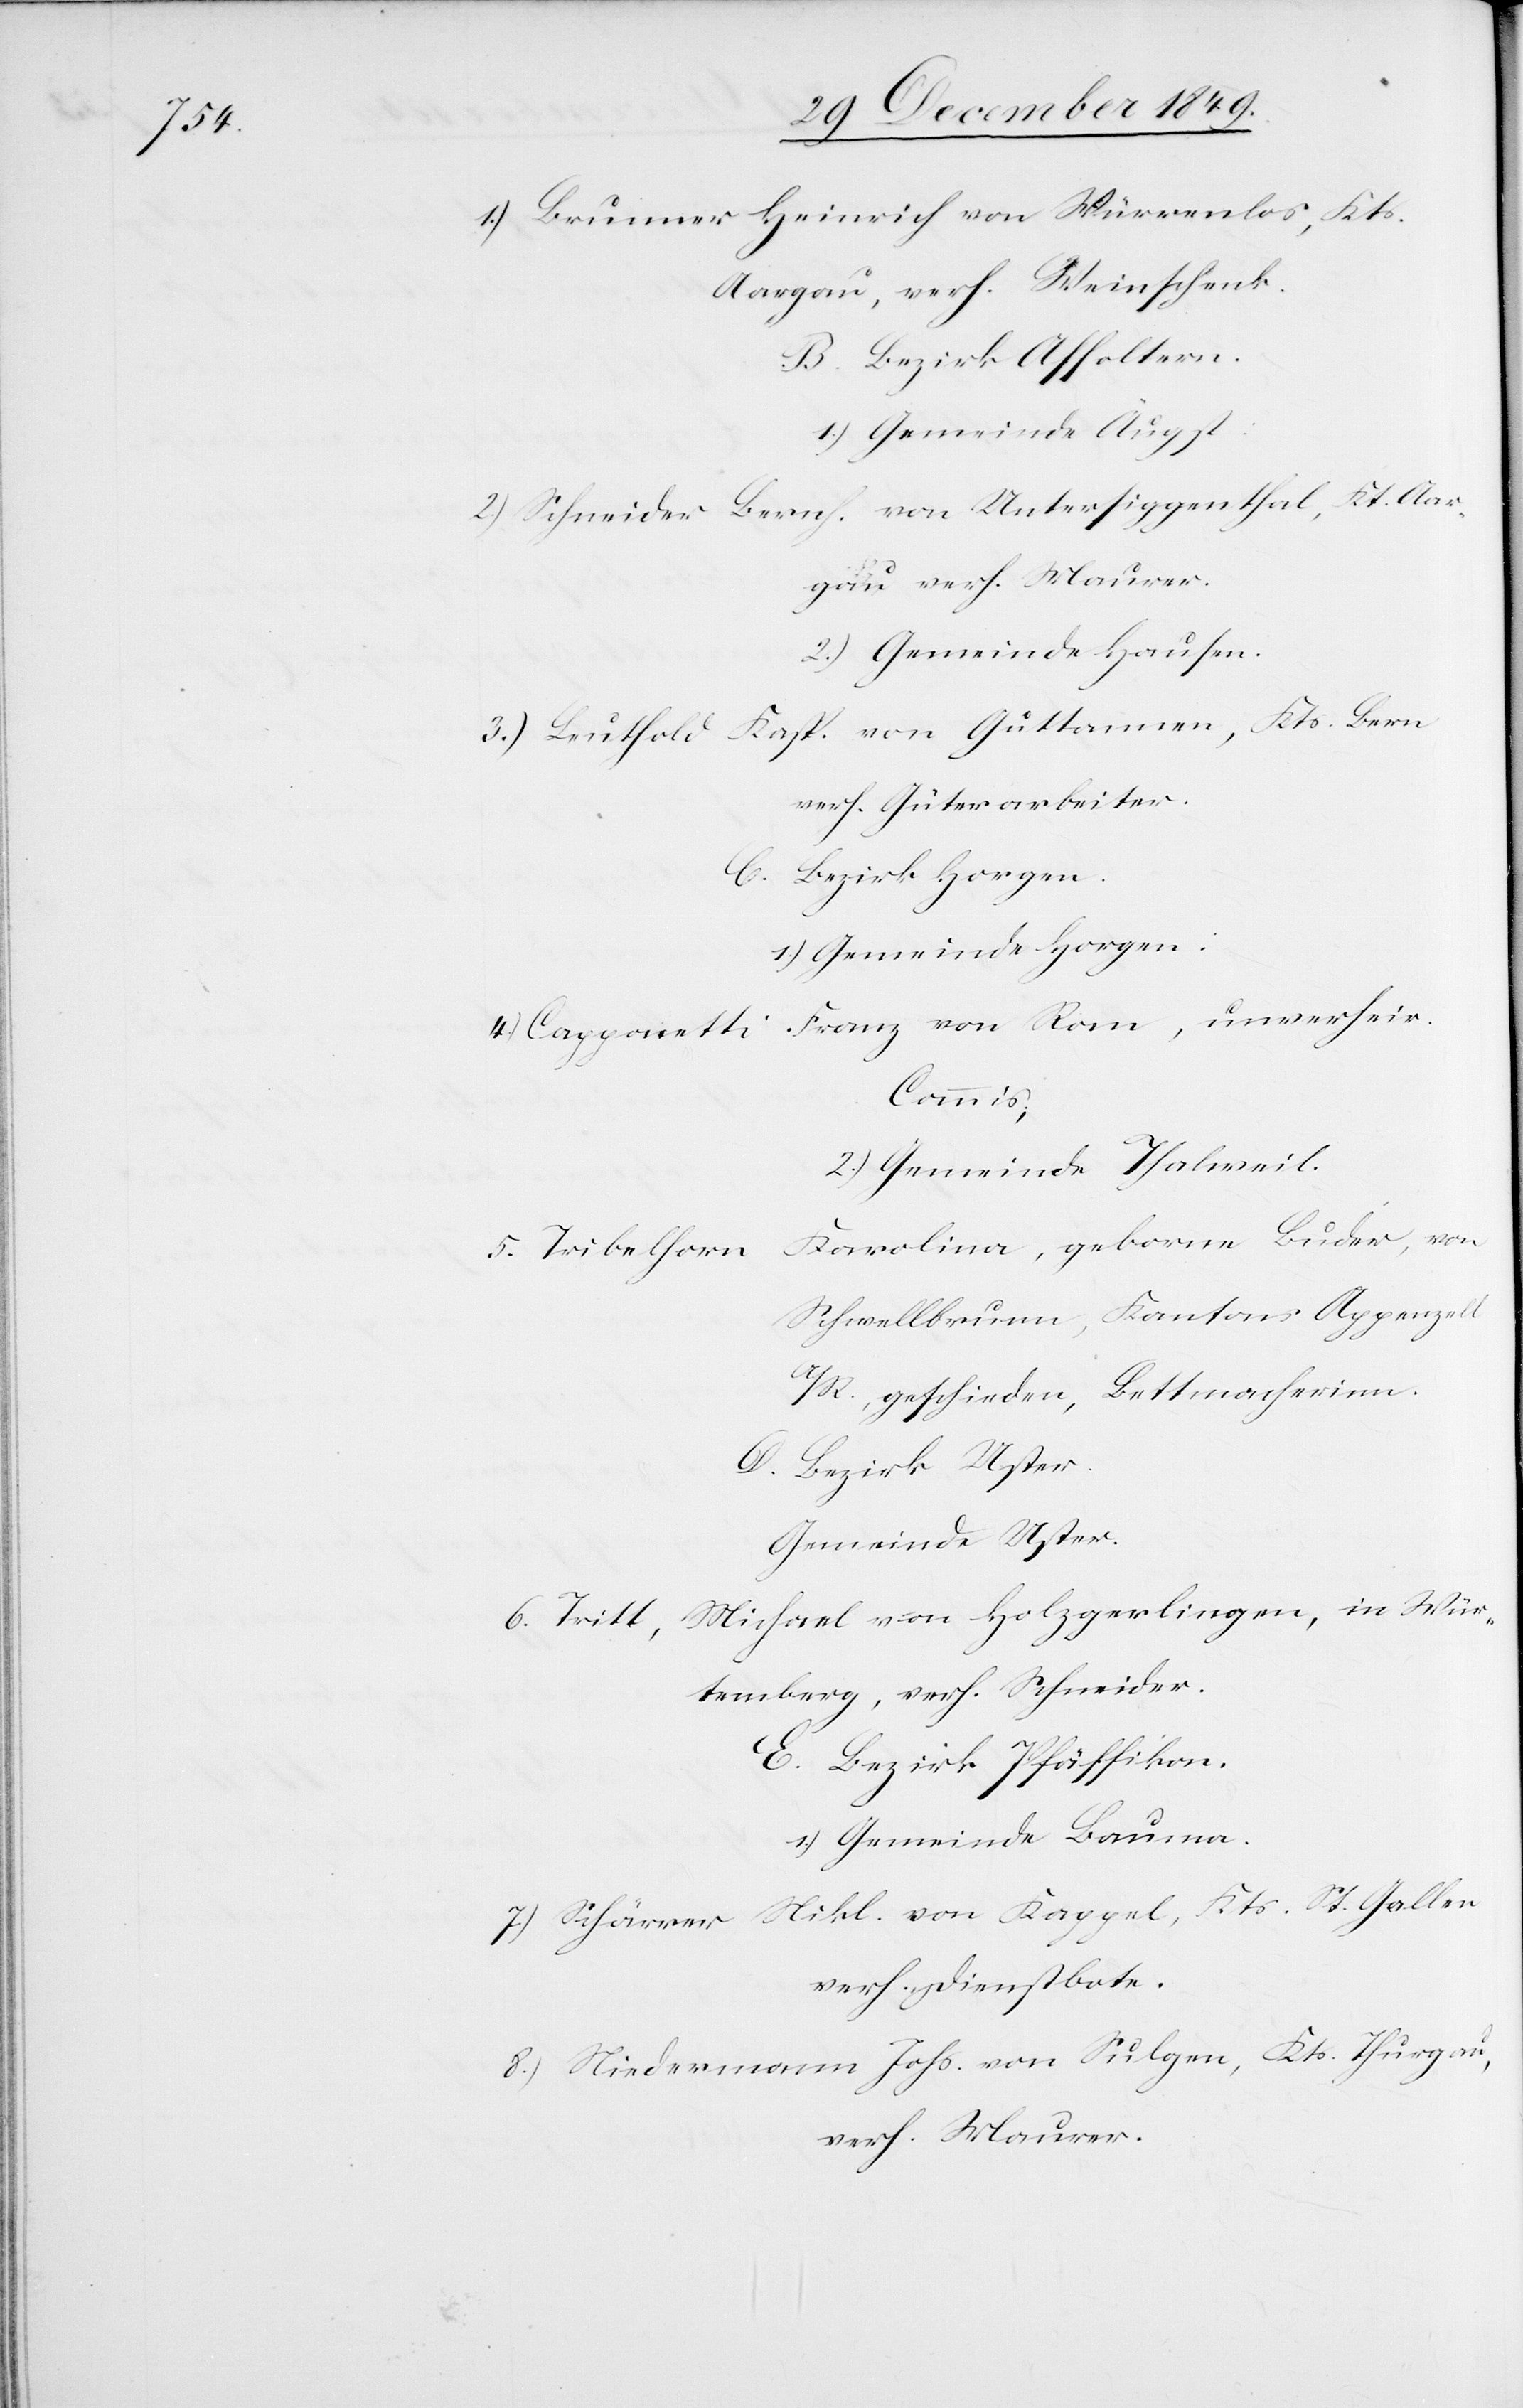
1.) Brunner Heinrich von Würenlos, Kts.
Aargau, verh. Weinschenk.
B. Bezirk Affoltern.
1.) Gemeinde Äugst:
2.) Schneider Bernh. Von Untersiggenthal, Kt. Aar¬
gau verh. Maurer.
2.) Gemeinde Hausen.
3.) Leuthold Kasp. von Guttannen, Kts. Bern
verh. Güterarbeiter.
C. Bezirk Horgen.
1.) Gemeinde Horgen:
Franz von Rom, unverh.
4.) Capponetti
Commis;
2.) Gemeinde Thalweil.
Karolina, geborene Luder, von
5. Trübelhorn
Schwellbrunn, Kantons Appenzell
a/R. geschieden, Bettmacherinn.
D. Bezirk Uster.
Gemeinde Uster.
6. Tritt, Michael von Holzgerlingen, in Wür¬
temberg, verh. Schneider.
E. Bezirk Pfäffikon.
1.) Gemeinde Bauma.
7.) Schärrer Nikl. von Kappel, Kts. St. Gallen
verh. Dienstbote.
8.) Niedermann Johs. von Sulgen, Kts. Thurgau,
verh. Maurer.